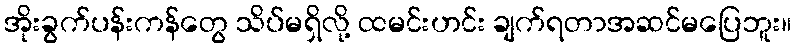
အိုးခွက်ပန်းကန်တွေ သိပ်မရှိလို့ ထမင်းဟင်း ချက်ရတာအဆင်မပြေဘူး။